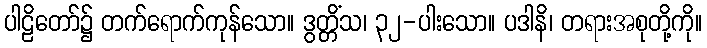
ပါဠိတော်၌ တက်ရောက်ကုန်သော။ ဒွတ္တိံသ၊ ၃၂-ပါးသော။ ပဒါနိ၊ တရားအစုတို့ကို။